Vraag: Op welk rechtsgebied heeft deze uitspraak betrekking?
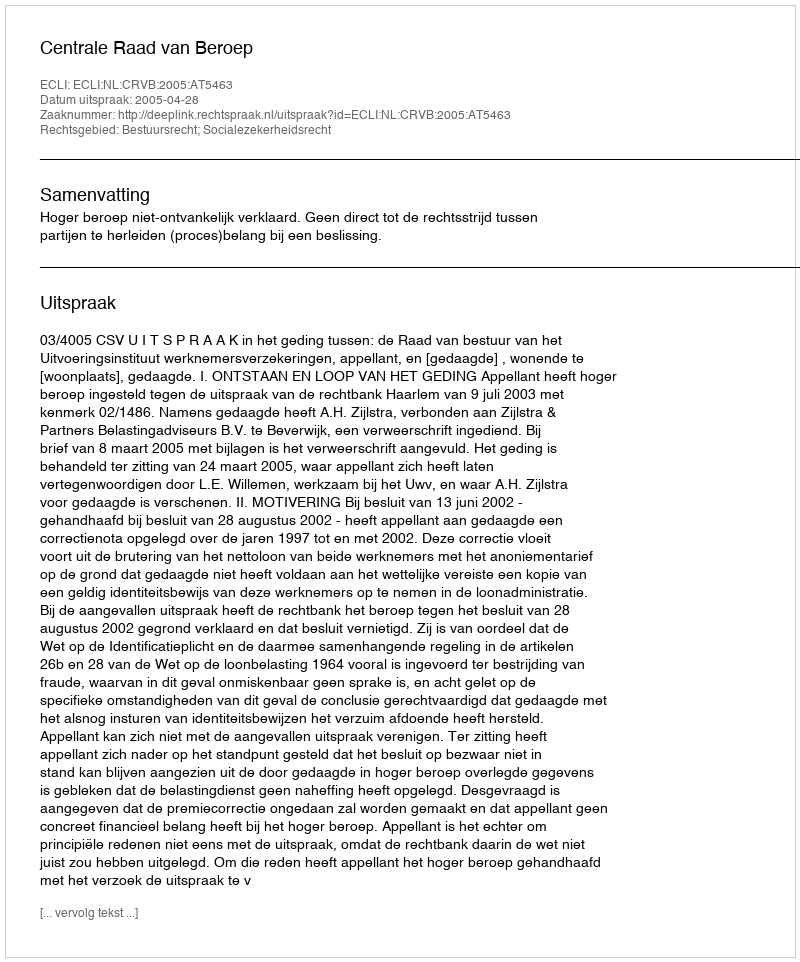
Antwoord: Bestuursrecht; Socialezekerheidsrecht